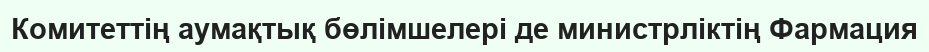
Комитеттің аумақтық бөлімшелері де министрліктің Фармация